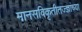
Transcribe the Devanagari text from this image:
मानसविकृतीतज्ज्ञांच्या